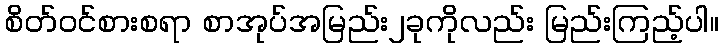
စိတ်ဝင်စားစရာ စာအုပ်အမြည်း၂ခုကိုလည်း မြည်းကြည့်ပါ။